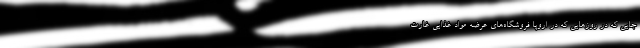
جایی‌ که در روزهایی که در اروپا فروشگاه‌های عرضه مواد غذایی غارت